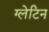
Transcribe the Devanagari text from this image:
ग्लेटिन